Civil Veterinary Department Bihar & Orissa reports 1922-29 - 1922-1929
Year: 1922
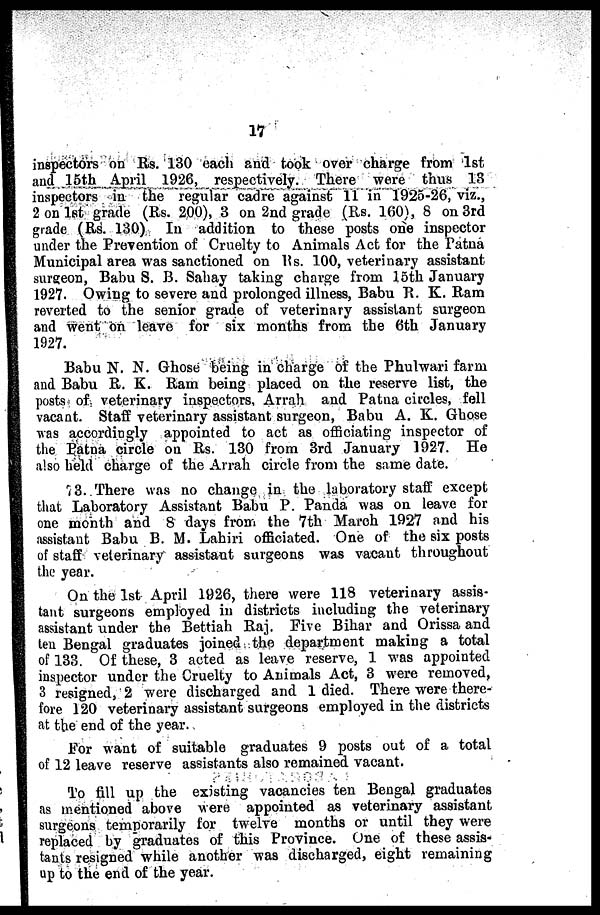
17
inspectors on Rs. 130 each and took over charge from 1st
and 15th April 1926, respectively. There were thus 13
inspectors in the regular cadre against 11 in 1925-26, viz.,
2 on 1st grade (Rs. 200), 3 on 2nd grade (Rs. 160), 8 on 3rd
grade (Rs. 130) In addition to these posts one inspector
under the Prevention of Cruelty to Animals Act for the Patna
Municipal area was sanctioned on Rs. 100, veterinary assistant
surgeon, Babu S. B. Sahay taking charge from 15th January
1927. Owing to severe and prolonged illness, Babu R. K. Ram
reverted to the senior grade of veterinary assistant surgeon
and went on leave for six months from the 6th January
1927.
Babu N. N. Ghose being in charge of the Phulwari farm
and Babu R. K. Ram being placed on the reserve list, the
posts of veterinary inspectors, Arrah and Patna circles, fell
vacant. Staff veterinary assistant surgeon, Babu A. K. Ghose
was accordingly appointed to act as officiating inspector of
the Patna circle on Rs. 130 from 3rd January 1927. He
also held charge of the Arrah circle from the same date.
13. There was no change in the laboratory staff except
that Laboratory Assistant Babu P. Panda was on leave for
one month and 8 days from the 7th March 1927 and his
assistant Babu B. M. Lahiri officiated. One of the six posts
of staff veterinary assistant surgeons was vacant throughout
the year.
On the 1st April 1926, there were 118 veterinary assis-
tant surgeons employed in districts including the veterinary
assistant under the Bettiah Raj. Five Bihar and Orissa and
ten Bengal graduates joined the department making a total
of 133. Of these, 3 acted as leave reserve, 1 was appointed
inspector under the Cruelty to Animals Act, 3 were removed,
3 resigned, 2 were discharged and 1 died. There were there-
fore 120 veterinary assistant surgeons employed in the districts
at the end of the year.
For want of suitable graduates 9 posts out of a total
of 12 leave reserve assistants also remained vacant.
To fill up the existing vacancies ten Bengal graduates
as mentioned above were appointed as veterinary assistant
surgeons temporarily for twelve months or until they were
replaced by graduates of this Province. One of these assis-
tants resigned while another was discharged, eight remaining
up to the end of the year.